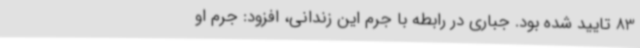
83 تایید شده بود. جباری در رابطه با جرم این زندانی، افزود: جرم او